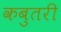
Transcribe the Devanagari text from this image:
कबुतरी